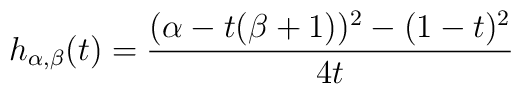
h_{\alpha,\beta}(t)=\frac{(\alpha-t(\beta+1))^2-(1-t)^2}{4t}